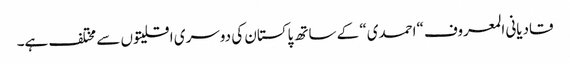
قادیانی المعروف “احمدی“ کے ساتھ پاکستان کی دوسری اقلیتوں سے مختلف ہے۔